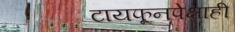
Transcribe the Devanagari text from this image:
टायफूनपेक्षाही